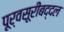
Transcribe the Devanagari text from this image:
पूर्वसूरींबद्दल